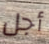
أجل